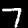
Label: 7